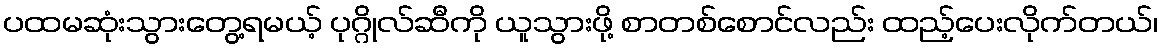
ပထမဆုံးသွားတွေ့ရမယ့် ပုဂ္ဂိုလ်ဆီကို ယူသွားဖို့ စာတစ်စောင်လည်း ထည့်ပေးလိုက်တယ်၊